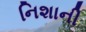
નિશાની